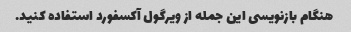
هنگام بازنویسی این جمله از ویرگول آکسفورد استفاده کنید.